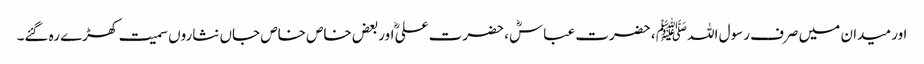
اور میدان میں صرف رسول اللہﷺ ، حضرت عباسؓ، حضرت علیؓ اوربعض خاص خاص جاں نثاروں سمیت کھڑے رہ گئے۔